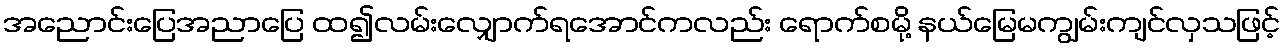
အညောင်းပြေအညာပြေ ထ၍လမ်းလျှောက်ရအောင်ကလည်း ရောက်စမို့ နယ်မြေမကျွမ်းကျင်လှသဖြင့်